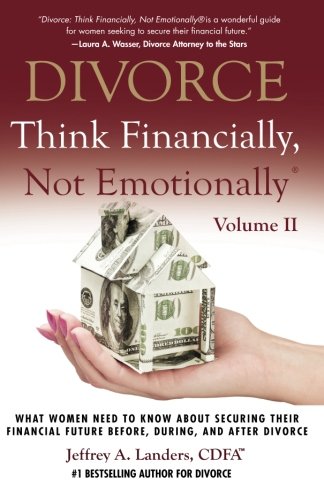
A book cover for DIVORCE: Think Financially, Not EmotionallyÂ® Volume II: What Women Need To Know About Securing Their Financial Future Before, During, and After Divorce (Volume 2); Jeffrey A. Landers; Parenting & Relationships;